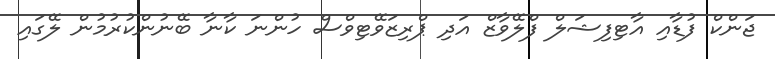
ޖަންކް ފުޑާއި އާޓިފިޝަލް ފްލޭވާޒް އަދި ޕްރިޒަވޭޓިވްސް ހުންނަ ކާނާ ބޭނުންކުރުމުން ލޭގައި